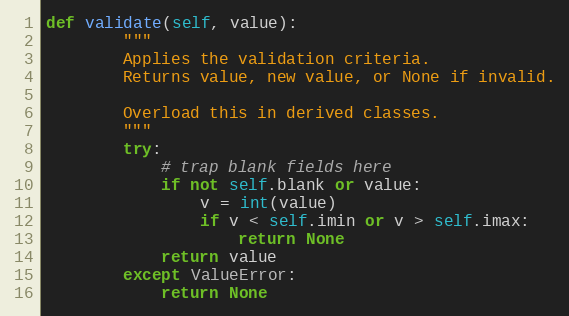
Language: Python
def validate(self, value):
        """
        Applies the validation criteria.
        Returns value, new value, or None if invalid.

        Overload this in derived classes.
        """
        try:
            # trap blank fields here
            if not self.blank or value:
                v = int(value)
                if v < self.imin or v > self.imax:
                    return None
            return value
        except ValueError:
            return None